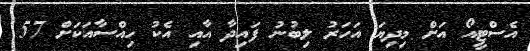
އެސްޓީއޯ އަށް މިދިޔަ އަހަރު ލިބުނު ފައިދާ އާއި އެކު ހިއްސާއަކަށް 57